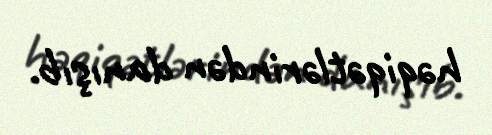
həqiqətlərindən danışıb.